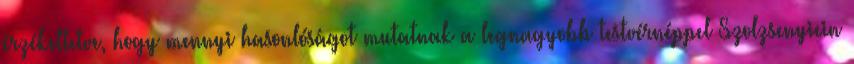
érzékeltetve, hogy mennyi hasonlóságot mutatnak a legnagyobb testvérnéppel Szolzsenyicin